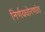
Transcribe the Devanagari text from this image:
निर्णयधोरणांत